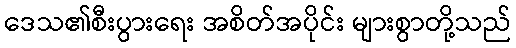
ဒေသ၏စီးပွားရေး အစိတ်အပိုင်း များစွာတို့သည်